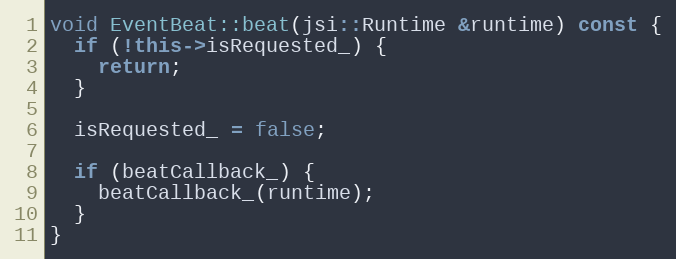
Language: C++
void EventBeat::beat(jsi::Runtime &runtime) const {
  if (!this->isRequested_) {
    return;
  }

  isRequested_ = false;

  if (beatCallback_) {
    beatCallback_(runtime);
  }
}